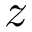
z